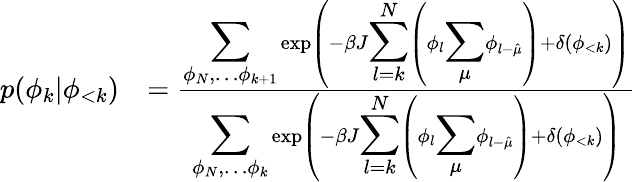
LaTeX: \begin{array}{rl}{p(\phi_{k}|\phi_{<k})}&{=\frac{{\displaystyle\sum_{\phi_{N},\dots\phi_{k+1}}}\exp\left(-\beta J{\displaystyle\sum_{l=k}^{N}}\left(\phi_{l}{\displaystyle\sum_{\mu}}\phi_{l-\hat{\mu}}\right)+\delta(\phi_{<k})\right)}{{\displaystyle\sum_{\phi_{N},\dots\phi_{k}}}\exp\left(-\beta J{\displaystyle\sum_{l=k}^{N}}\left(\phi_{l}{\displaystyle\sum_{\mu}}\phi_{l-\hat{\mu}}\right)+\delta(\phi_{<k})\right)}}\end{array}